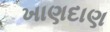
ખાણદાણ